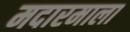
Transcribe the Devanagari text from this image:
मदारमाला